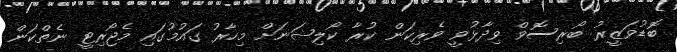
ބޮޑުވަޒީރު ބޯރިސޮވް ވިދާޅުވީ ވެރިކަން ކުރާ ކޯލިޝަނަށް މިހާރު ގައުމުގައި މެޖޯރިޓީ ނެތްކަން